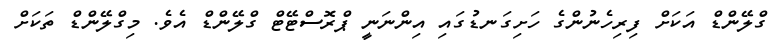
ގްލޭންޑް އަކަށް ފިރިހެނުންގެ ހަށިގަނޑުގައި އިންނަނީ ޕްރޮސްޓޭޓް ގްލޭންޑް އެވެ. މިގްލޭންޑް ތަކަށް